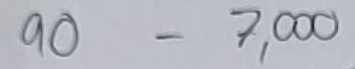
90 = 7,000